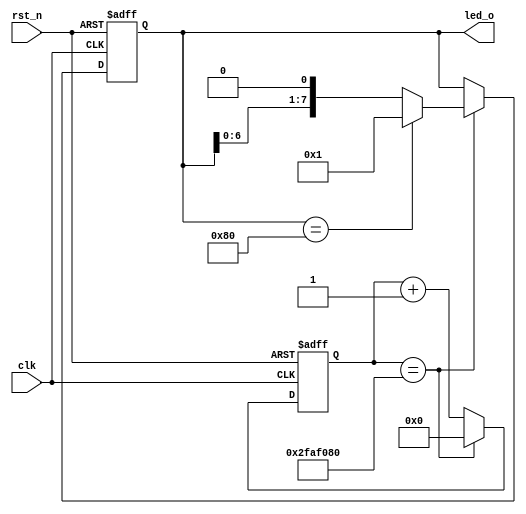
`timescale 1ns / 1ps
//////////////////////////////////////////////////////////////////////////////////
// Company:
// Engineer:
//
// Design Name:
// Module Name: water_led
// Project Name:
// Target Devices:
// Tool Versions:
// Description:
//
// Dependencies:
//
// Revision:
// Revision 0.01 - File Created
// Additional Comments:
//
//////////////////////////////////////////////////////////////////////////////////


module water_led(
    input clk,
    input rst_n,
    output reg [7:0] led_o
    );

    reg [31:0] c0;

    always @(posedge clk or negedge rst_n) begin
        if (rst_n == 1'b0) begin
            led_o <= 8'b0000_0001;
            c0 <= 32'h0;
        end
        else begin
            if (c0 == 32'd50_000_000) begin
                c0 <= 32'h0;
                if (led_o == 8'b1000_0000) begin
                    led_o <= 8'b0000_0001;
                end
                else begin
                    led_o <= led_o << 1;
                end
            end
            else begin
                c0 <= c0 + 1'b1;
                led_o <= led_o;
            end
        end
    end
endmodule